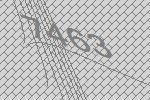
7463